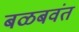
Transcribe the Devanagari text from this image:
बळबवंत